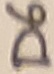
Text: D6